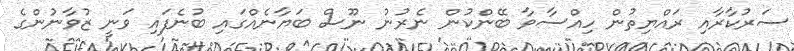
ސަރުކާރާއި ރައްޔިތުން ހިއްސާވާ ބޭންކުން ނެރުނު ނޫސް ބަޔާނެއްގައި ބުނެފައި ވަނީ ޒުވާނުންގެ